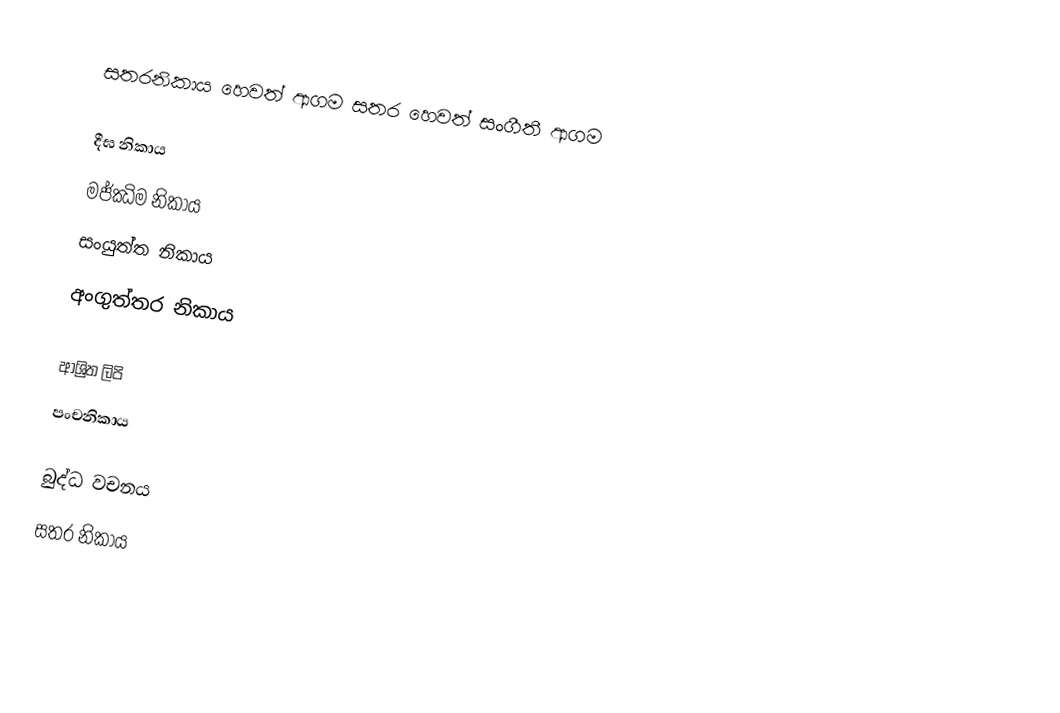
සතරනිකාය හෙවත් ආගම සතර හෙවත් සංගීතී ආගම

 දීඝ නිකාය
 මජ්ඣිම නිකාය
 සංයුත්ත නිකාය
 අංගුත්තර නිකාය

ආශ්‍රිත ලිපි
 පංචනිකාය‎

බුද්ධ වචනය
සතර නිකාය